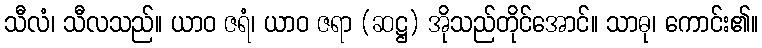
သီလံ၊ သီလသည်။ ယာဝ ဇရံ၊ ယာဝ ဇရာ (ဆဋ္ဌ) အိုသည်တိုင်အောင်။ သာဓု၊ ကောင်း၏။